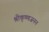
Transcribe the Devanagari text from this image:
श्रीकृष्णजनन